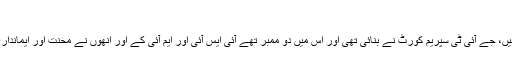
’
اُن کا کہنا تھا ‘یہ وہ معاملہ ہے جس کا پاکستانی فوج کا براہ راست کوئی تعلق نہیں، جے آئی ٹی سپریم کورٹ نے بنائی تھی اور اُس میں دو ممبر تھے آئی ایس آئی اور ایم آئی کے اور اُنھوں نے محنت اور ایمانداری سے کام کیا ہے، مقدمہ زیر سماعت ہے اور سپریم کورٹ فیصلے کرئے گی۔